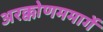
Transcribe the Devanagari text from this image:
अरक्कोणममार्गे